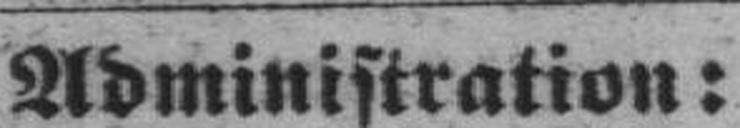
Administration: